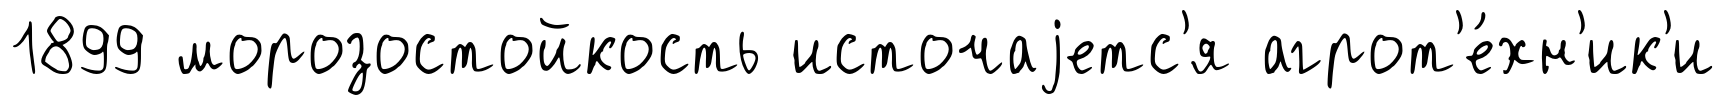
1899 морозостойкость источаjетс'я агрот'е́хн'ик'и